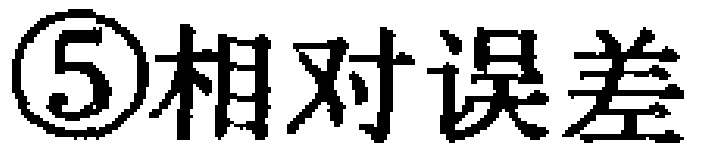
\textcircled{5}相对误差